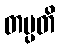
တပ္ပတိ